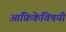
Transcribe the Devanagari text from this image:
आफ्रिकेविषयी